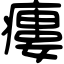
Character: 瘻